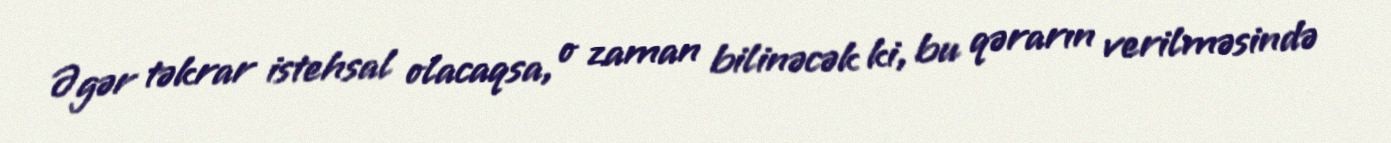
Əgər təkrar istehsal olacaqsa, o zaman bilinəcək ki, bu qərarın verilməsində